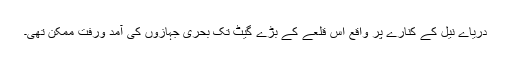
دریاے نیل کے کنارے پر واقع اس قلعے کے بڑے گیٹ تک بحری جہازوں کی آمد ورفت ممکن تھی۔